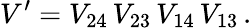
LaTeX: V^{\prime}=V_{24}\, V_{23}\, V_{14}\, V_{13}\, .